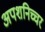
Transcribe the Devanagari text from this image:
अपशनिच्चर